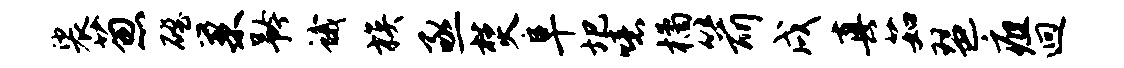
裟葱磴巢矜蛾族亟焚阜圯噫橘箭戌真茹琶疽迥